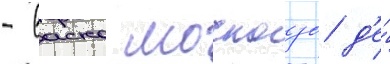
- васко москозо д'е́